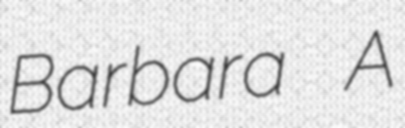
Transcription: Barbara A